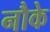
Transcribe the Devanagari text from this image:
नौके